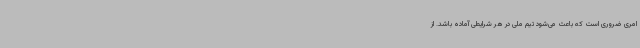
امری ضروری است که باعث می‌شود تیم ملی در هر شرایطی آماده باشد. از